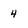
Character: 4